Vital statistics of India. Vol. IV, Annual returns from 1871 to 1876. British Army of India, Native Army and jails of Bengal
Year: 1871
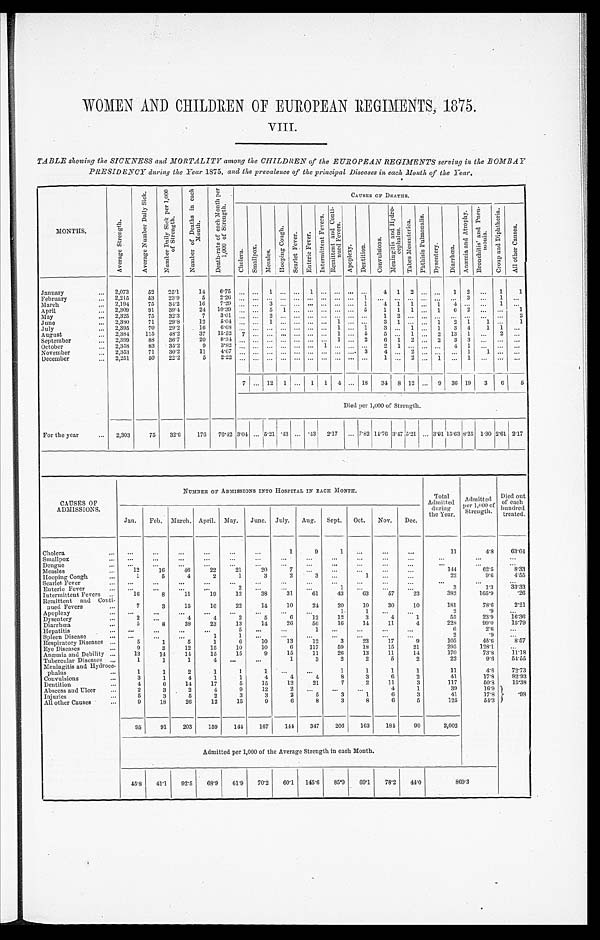
WOMEN AND CHILDREN OF EUROPEAN REGIMENTS, 1875.
VIII.
TABLE showing the SICKNESS and MORTALITY among the CHILDREN of the EUROPEAN REGIMENTS serving in the BOMBAY
PRESIDENCY during the Year 1S75, and the prevalence of the principal Diseases in each Month of the Year.
MONTHS.
A v e r a g e S t r e n g t h .
A v e r a g e N u m b e r D a i l y S i c k .
N u m b e r D a i l y S i c k p e r 1 , 0 0 0
N u m b e r o f D e a t h s i n e a c h M o n t h .
D e a t h - r a t e o f e a c h M o n t h p e r 1 , 0 0 0 o f S t r e n g t h .
_Ĉ
AUSES Or DEATHS.
C h o l e r a .
S ma l l p o x .
Me a s l e s .
H o o p i n g C o n g t h .
S e a r l e t F e v e r . E n t e r i c F e v e r .
I n t e r m i t t e n t F e v e r s .
R e m i t t e n t a n d C o n i l - n u e d F e v e r s .
A p o p l e x y .
D e n t i o n .
C o n v u l s i o n s .
M e n i n g a n d H y d r o - c e p h a l u s .
T a b e s M e s e n t e r i c a .
P h t h i s i s P u l m o n a l i s .
Dy s e n t e r y . Di a r r h œa .
A n æ m i a a n d A t r o p h y . B r o n c h i t i s a n d P n e u -
moui a .
C r o u p a n d D i p h t h e r i a . A l l o t h e r C a u s e s ,
January
..,
..
2,073
52 25.1
14
6 75
... ...
1
... ...
1
... ... ... ...
4 1 2
... ...
1 2 ... 1
1
February
... 2,215
53
23.9
5
2'2 ... ... ... ... ... ... ... ... ... 1 ... ... ... ... ... ... 3 ... 1 ...
March
... .. 2,194
75
34'2
16
7'29 ... . ...
.... ... ... ... ... ...
4 1 1 ... ... ... ... ... ...
...
April
... .. 2,309
91
39'4
24 10'39 ...
5 1 ... . ...
v
1 1 1
... 1 6
...
2
...
1
May
... .. 2,325
75
32'3
7
3'01 ...... .., 2 ... ...... .. ...... ... ... ...
...
...
2
June
.. 9 380
71
29'8
12
5.0 ...... 1 ... ... ... ..
...
3 1 ...
1 2 1
1
1
July
... 2,395
70 99.2 . 16
6'03
... ..... .. .... ...... .... 1 ...... 1
3 ... 1
...
... 1 3 4
1
...
1 ... '
August
.., 2,384
115 48'2
37 15'52 7
... .0.... ... ...
...
5 ... 1 ... 2 13 1 ... 2 ...
September
... .. 2,399
83 36'7
...
... ... . ... ...
...
6 1 2
2 3 3
... ...
October
...... 2,358
83 ' 35'2
9
3'82 ...... ... ... ...... .... ...... 1 ... ... ...
...
...
November
... .. 2,353
71
30'2
11
4'67 ...... ... ........ ... ...... ...... ... ... .... 3
4 ... 2 ...
.........
.
1
1
December
...
..
2,251
50 22'2
5
2.22 ... ... ... ... .... ... ... ... ... ..
... 2 ... 1 1 ... 1
... ...
7 ... 12 1 ... 1 1 4 ... 18 31 8 12 ...
36 19 3 6
Died per 1,000 of Strength.
For the year
... .. 2,303
75 32.6 176 76.42 3.04 .. 5'21 '43 ... 13 2.17 ... 7'82 11.76 3.47 5.21 ... 3'91
I
15'63
1
8'25 1.30 2'61 2'17
CAUSES OF
ADMISSIONS.
NUMBER Or ADMISSIONS INTO IIOSPITIL IN EACH AIONTII.
Total Ad mi t t e d d u r i n g t h e Ye a r . Admi t t ed per 1, 000of
Strength. Di ed out of each hundr ed
treated.
Jan. Feb. March. April. May. June. July. Aug. Sept. Oct. Nov. Dec.
Cholera
... ...
...
...
...
...
...
1
9
1 ...
...
...
11
4.8
63.64
Smallpox
...
...
...
...
...
...
...
...
...
Dengue
.... ...
...
...
...
...
...
...
...
...
...
...
...
...
...
...
...
...
...
Measles
..
12
16
46
22
21
20
7 ...
...
...
144
62'5
8'33
'looping Cough
...
1
5
4
2
1
3
2
1 ...
...
22
9'6
4'55
Scarlet Fever
...
...
...
...
...
...
...
...
...
...
...
...
...
Enteric Fever
..
...
...
...
1 ...
...
...
3
1' :)
33'33
Intermittent Fevers ...
16
8
11
19
12
33
31
61
43
63
57
23
382
165'9
*26
Remittent and Conti-
nued Fevers
...
7
3
15
16
22
14
10
24
20
10
30
10
181
7813
2'21
Apoplexy
... ...
...
...
...
—
...
...
...
1
1 ...
...
2
'9
...
Dysentery
2 ...
4
4
2
5
0
12
12
3
4
1
55
23.9
16'30
Diarrhcea
...
5
8
39
23
13
14
26
56
16
14
11
4
228
99'0
15'79
Hepatitis
... ,...
...
...
...
...
1 ...
...
...
...
6
2'6
...
Spleen Disease
... ... ...
1
...
...
...
...
2
'9
...
Respiratory Diseases ,..
5
1
5
1
6
10
13
12
3
23
17
9
105
45'6
8.57
Eye Diseases
...
9
3
12
15
10
10
6
117
59
18
15
21
295
123'1
...
Anaemia and Debility ...
13
14
14
15
15
9
15
11
20
13
11
14
170
73'8
11'13
Tubercular Diseases .„
1
1
1
...
1
3
2
2
5
2
22
9'6
54'55
Meningitis and Hydroce-
phalus
...
1
1
2
1
1
...
1
1
1
1
11
4'S
72'73
Convulsions
3
1
4
1
1
4
4
4
8
3
6
2
41
17'8
82'93
Dentition
...
4
6
14
17
5
15
12
21
7
2
11
3
117
50'8
15'38
Abscess and Ulcer
2
3
2
4
9
12
2 ...
...
...
4
1
39
16'9
93
Injuries
.....
5
3
5
2
3
3
2
5
3
1
6
3
41
17'8
MI other Causes
...
9
18
26
12
15
9
6
8
3
8
6
5
125
51'3
95
91
203 I159
14-1
167
144
347
206
163
181
99
2,002
Admitted per 1,000 of the Average Strength in each Month.
45'8 41.1 92'5
63.9 61.9
70.2 60.1 145.6
85.9 69.1
78'2 44.0
869.3